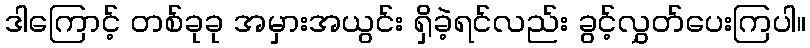
ဒါကြောင့် တစ်ခုခု အမှားအယွင်း ရှိခဲ့ရင်လည်း ခွင့်လွှတ်ပေးကြပါ။